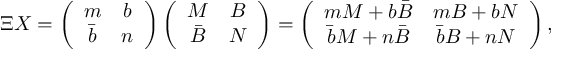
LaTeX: \Xi X = \left( \begin{array} { c c } { { m } } & { { b } } \\ { { \bar { b } } } & { { n } } \end{array} \right) \left( \begin{array} { c c } { { M } } & { { B } } \\ { { \bar { B } } } & { { N } } \end{array} \right) = \left( \begin{array} { c c } { { m M + b \bar { B } } } & { { m B + b N } } \\ { { \bar { b } M + n \bar { B } } } & { { \bar { b } B + n N } } \end{array} \right) ,